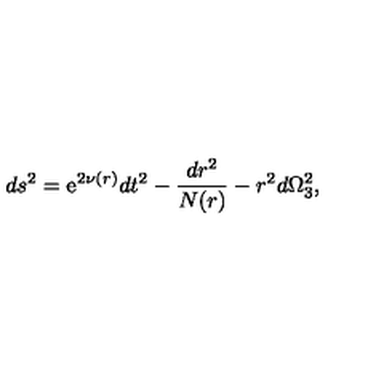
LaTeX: d s ^ { 2 } = \mathrm { e } ^ { 2 \nu ( r ) } d t ^ { 2 } - \frac { d r ^ { 2 } } { N ( r ) } - r ^ { 2 } d \Omega _ { 3 } ^ { 2 } ,